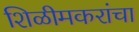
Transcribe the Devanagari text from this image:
शिळीमकरांचा